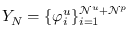
Y _ { N } = \{ \varphi _ { i } ^ { u } \} _ { i = 1 } ^ { \mathcal { N } ^ { u } + \mathcal { N } ^ { p } }